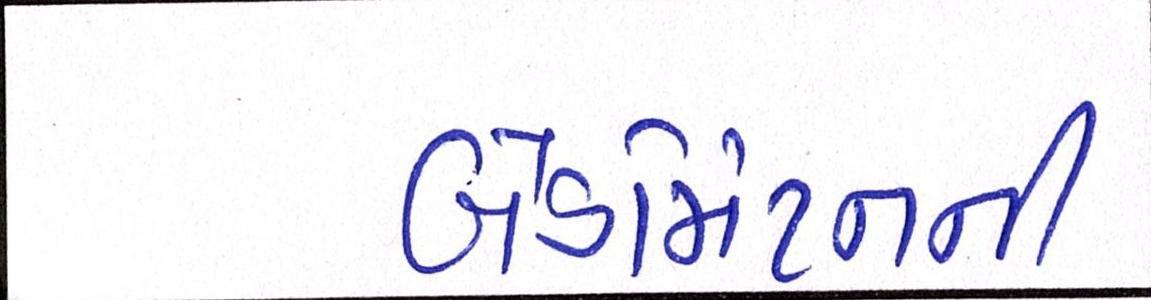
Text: બેડમિંટનની